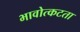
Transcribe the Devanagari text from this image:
भावोत्कटता